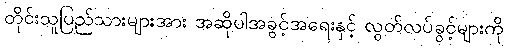
တိုင်းသူပြည်သားများအား အဆိုပါအခွင့်အရေးနှင့် လွတ်လပ်ခွင့်များကို